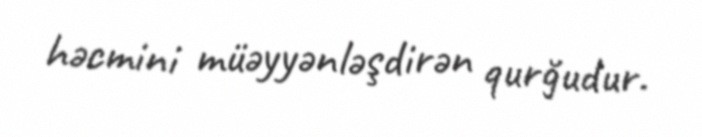
həcmini müəyyənləşdirən qurğudur.